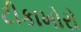
ટીકાખોરો